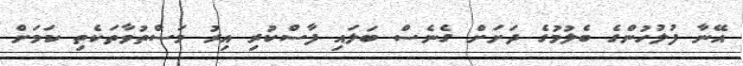
އޭނާ ފުލުހުންގެ ބެލުމުގެ ދަށަށް ގެނެސް ބަލައި ފާސްކުރި އިރު މަސްތުވާތަކެތި ކަމަށް